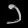
Digit: ၁